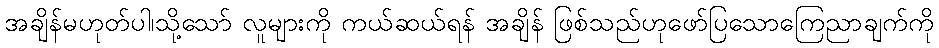
အချိန်မဟုတ်ပါ၊သို့သော် လူများကို ကယ်ဆယ်ရန် အချိန် ဖြစ်သည်ဟုဖော်ပြသောကြေညာချက်ကို